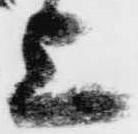
上